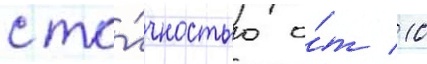
с то́чностью о́т 10